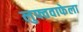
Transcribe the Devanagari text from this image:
लुफ्तवाफेला